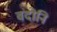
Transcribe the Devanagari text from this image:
वंदोनि